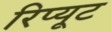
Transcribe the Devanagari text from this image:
रिप्यूट